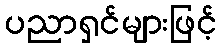
ပညာရှင်များဖြင့်